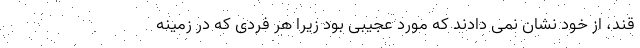
قند، از خود نشان نمی دادند که مورد عجیبی بود زیرا هر فردی که در زمینه